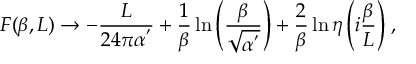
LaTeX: F ( \beta , L ) \rightarrow - \frac { L } { 2 4 \pi \alpha ^ { ' } } + \frac { 1 } { \beta } \ln { \left( \frac { \beta } { \sqrt { \alpha ^ { ' } } } \right) } + \frac { 2 } { \beta } \ln { \eta \left( i \frac { \beta } { L } \right) } \; ,